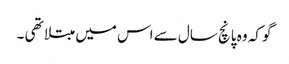
گو کہ وہ پانچ سال سے اس میں مبتلا تھی ۔